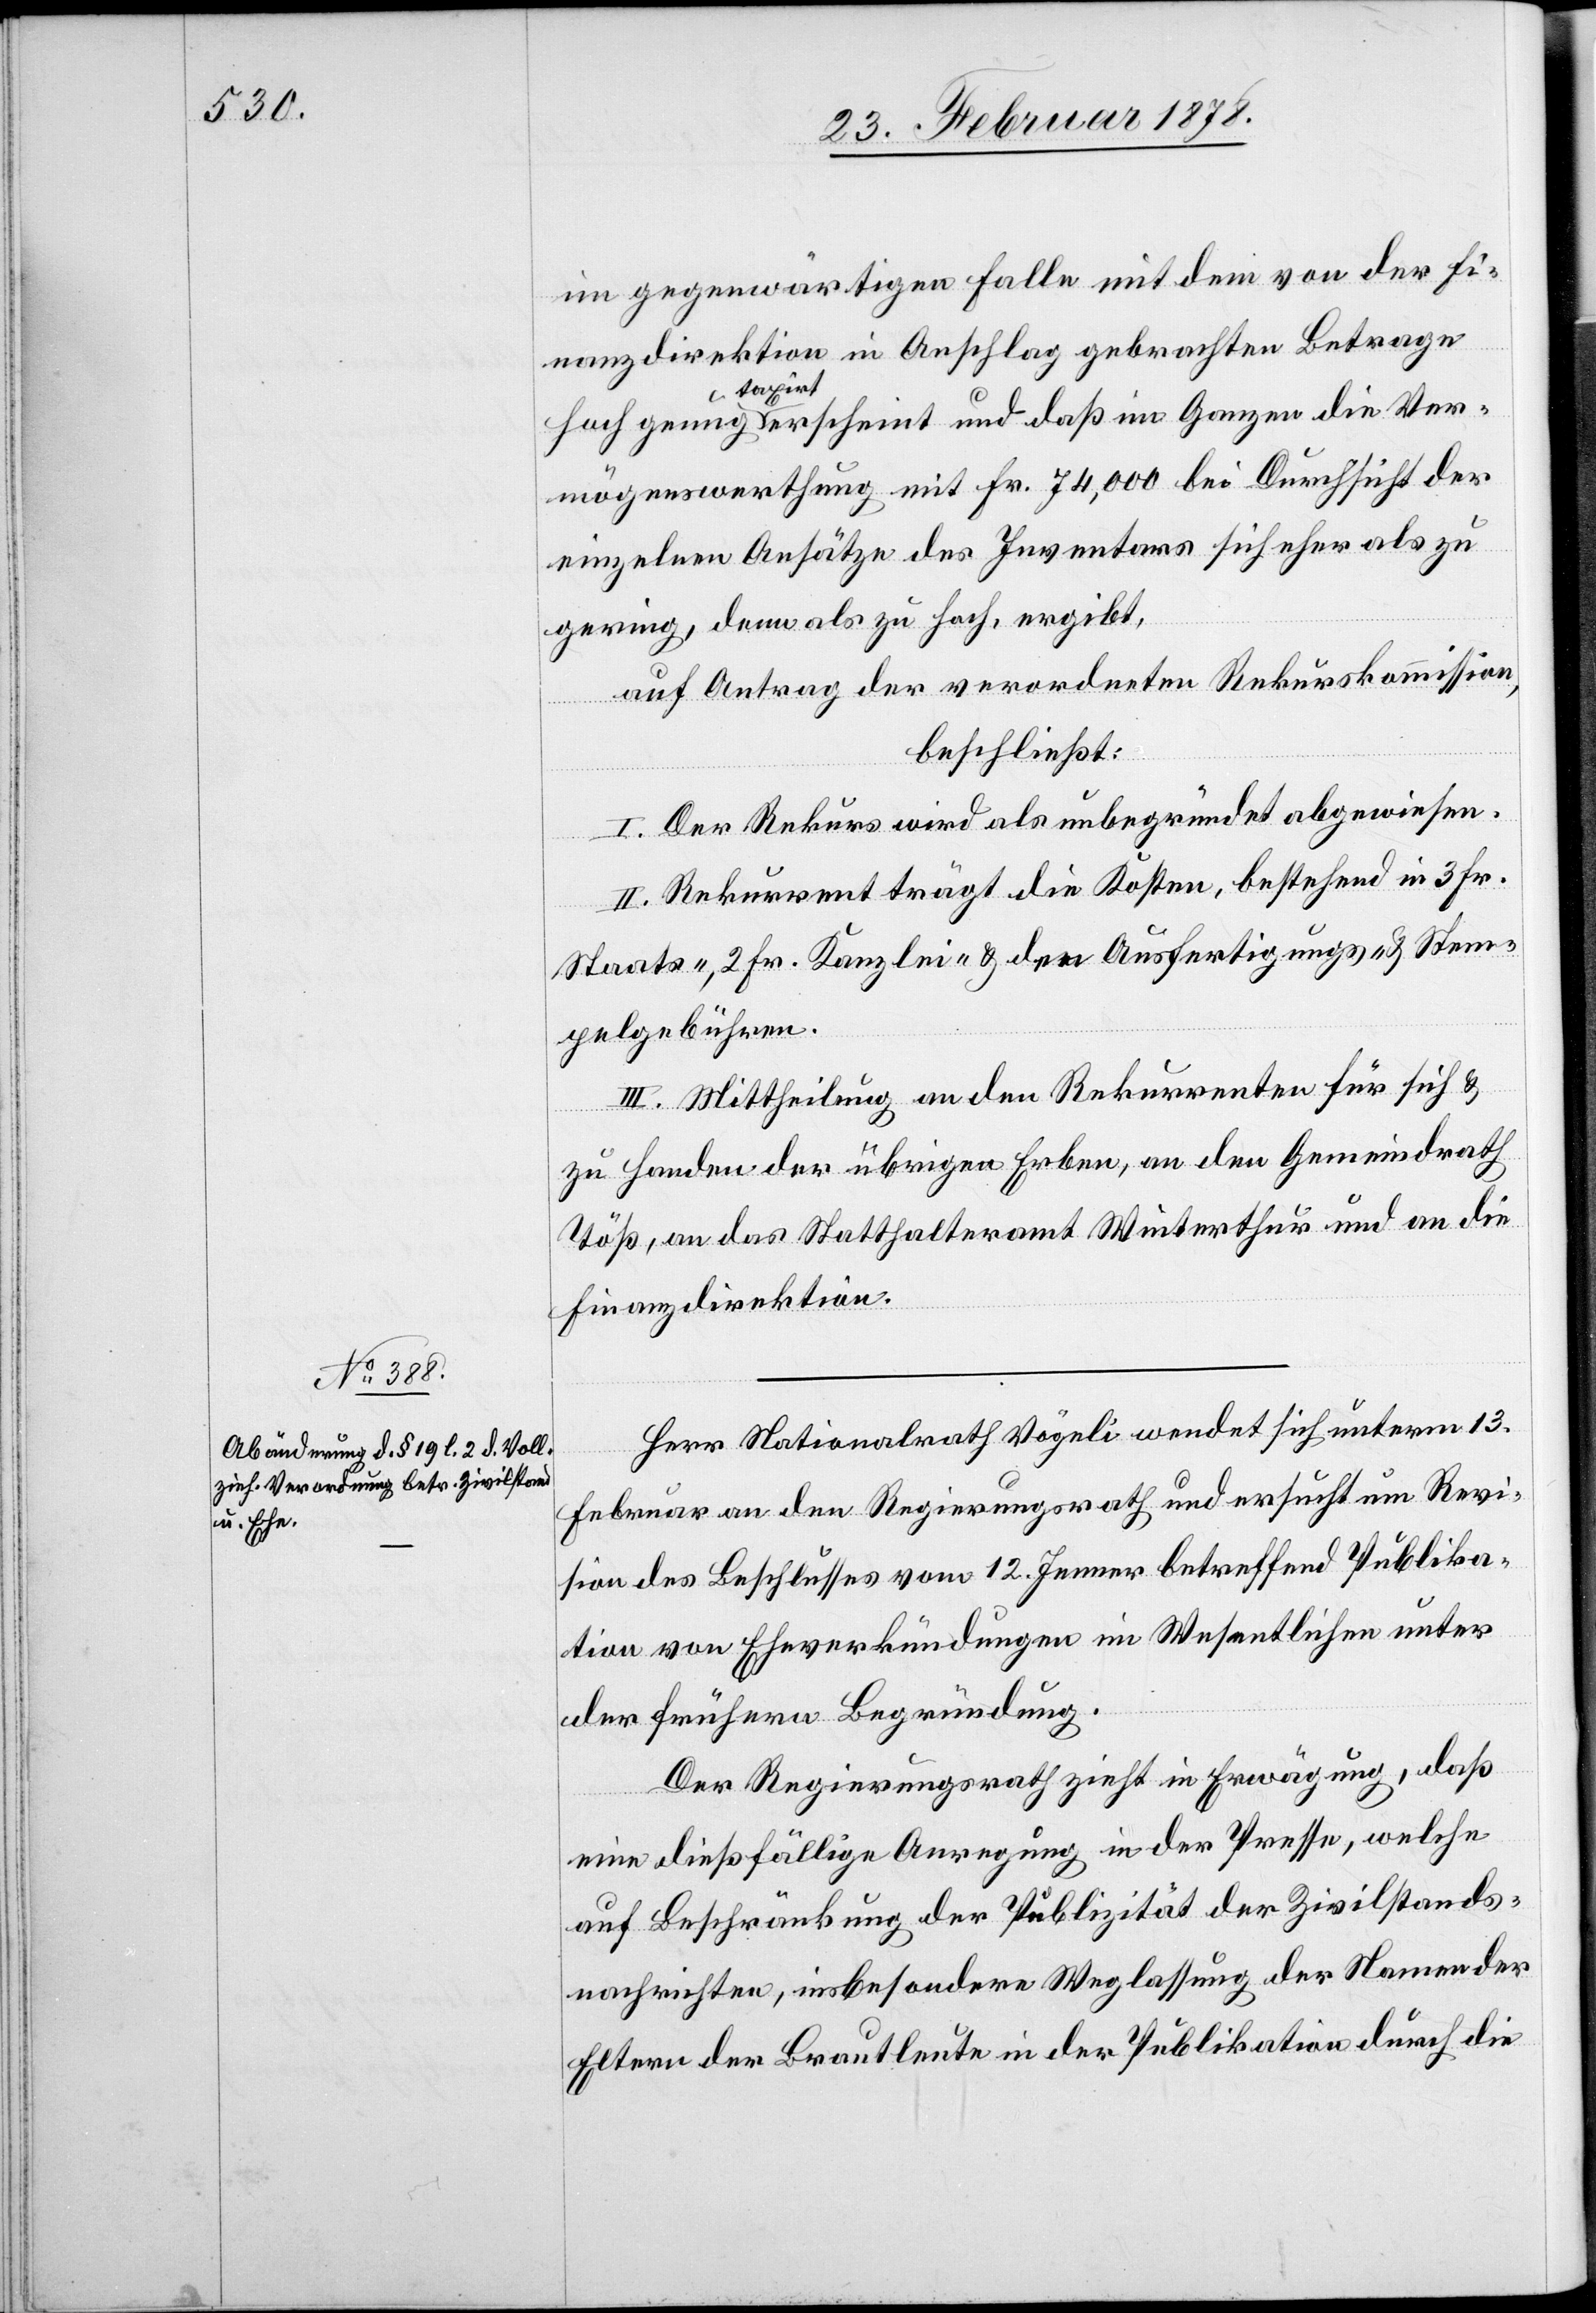
im gegenwärtigen Falle mit dem von der Fi¬
nanzdirektion in Anschlag gebrachten Betrage
hoch genug taxirt erscheint und daß im Ganzen die Ver¬
mögensverwerthung mit Fr. 74,000 bei Durchsicht der
einzelnen Ansätze des Inventars sich eher als zu
gering, denn als zu hoch ergibt,
auf Antrag der verordneten Rekurskommission,
beschließt:
I. Der Rekurs wird als unbegründet abgewiesen.
II. Rekurrent trägt die Kosten, bestehend in 3 Fr.
Staats-, 2 Fr. Kanzlei- & den Ausfertigungs- & Stem¬
pelgebühren.
III. Mittheilung an den Rekurrenten für sich &
zu Handen der übrigen Erben, an den Gemeindrath
Töß, an das Statthalteramt Winterthur und an die
Finanzdirektion.
Herr Nationalrath Vögeli wendet sich unterm 13.
Februar an den Regierungsrath und ersucht um Revi¬
sion des Beschlusses vom 12. Jenner betreffend Publika¬
tion von Eheverkündungen im Wesentlichen unter
der frühern Begründung.
Der Regierungsrath zieht in Erwägung, daß
eine dießfällige Anregung in der Presse, welche
auf Beschränkung der Publizität der Zivilstands¬
nachrichten, insbesondere Weglassung der Namen der
Eltern der Brautleute in den Publikationen durch die